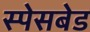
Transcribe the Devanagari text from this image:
स्पेसबेड